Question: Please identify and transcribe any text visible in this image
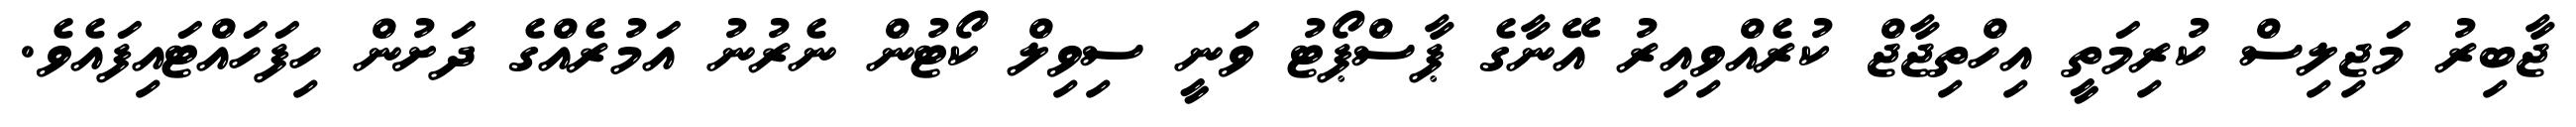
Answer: ޖާބިރު މަޖިލިސް ކުރިމަތީ އިހްތިޖާޖް ކުރެއްވިއިރު އޭނާގެ ޕާސްޕޯޓު ވަނީ ސިވިލް ކޯޓުން ނެރުނު އަމުރެއްގެ ދަށުން ހިފަހައްޓައިފައެވެ.